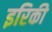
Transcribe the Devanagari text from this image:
इरिकी